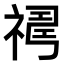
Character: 𥛇